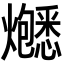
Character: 𬋚